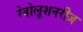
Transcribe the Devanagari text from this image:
रेवोलूशनरीज़